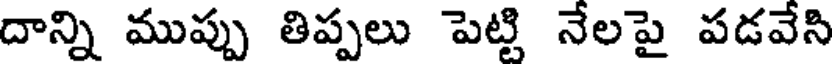
దాన్ని ముప్పు తిప్పలు పెట్టి నేలపై పడవేసి